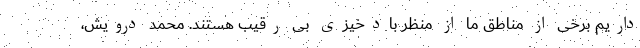
داریم برخی از مناطق ما از منظر بادخیزی بی رقیب هستند. محمد درویش،